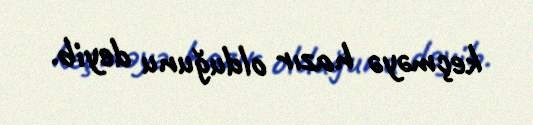
keçməyə hazır olduğunu deyib.